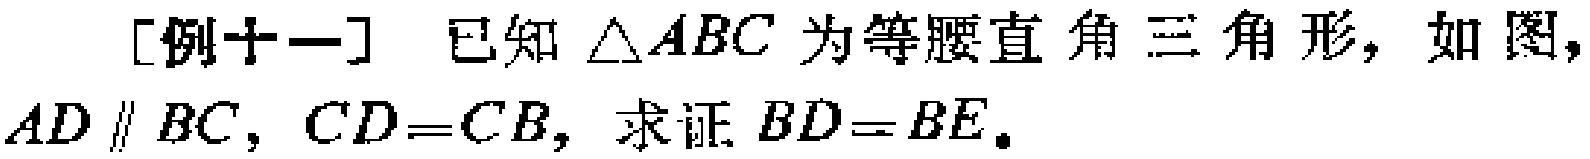
[例十一] 已知 \(\triangle ABC\) 为等腰直角三角形，如图，\(AD\parallel BC\)，\(CD = CB\)，求证 \(BD = BE\)。